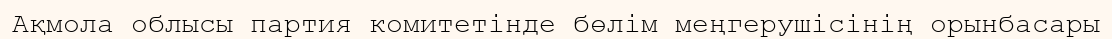
Ақмола облысы партия комитетінде бөлім меңгерушісінің орынбасары